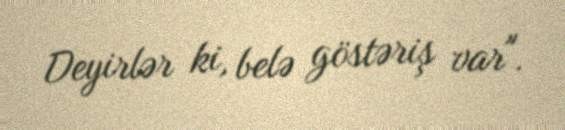
Deyirlər ki, belə göstəriş var".